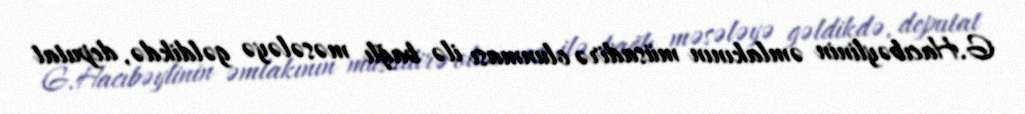
G.Hacıbəylinin əmlakının müsadirə olunması ilə bağlı məsələyə gəldikdə, deputat